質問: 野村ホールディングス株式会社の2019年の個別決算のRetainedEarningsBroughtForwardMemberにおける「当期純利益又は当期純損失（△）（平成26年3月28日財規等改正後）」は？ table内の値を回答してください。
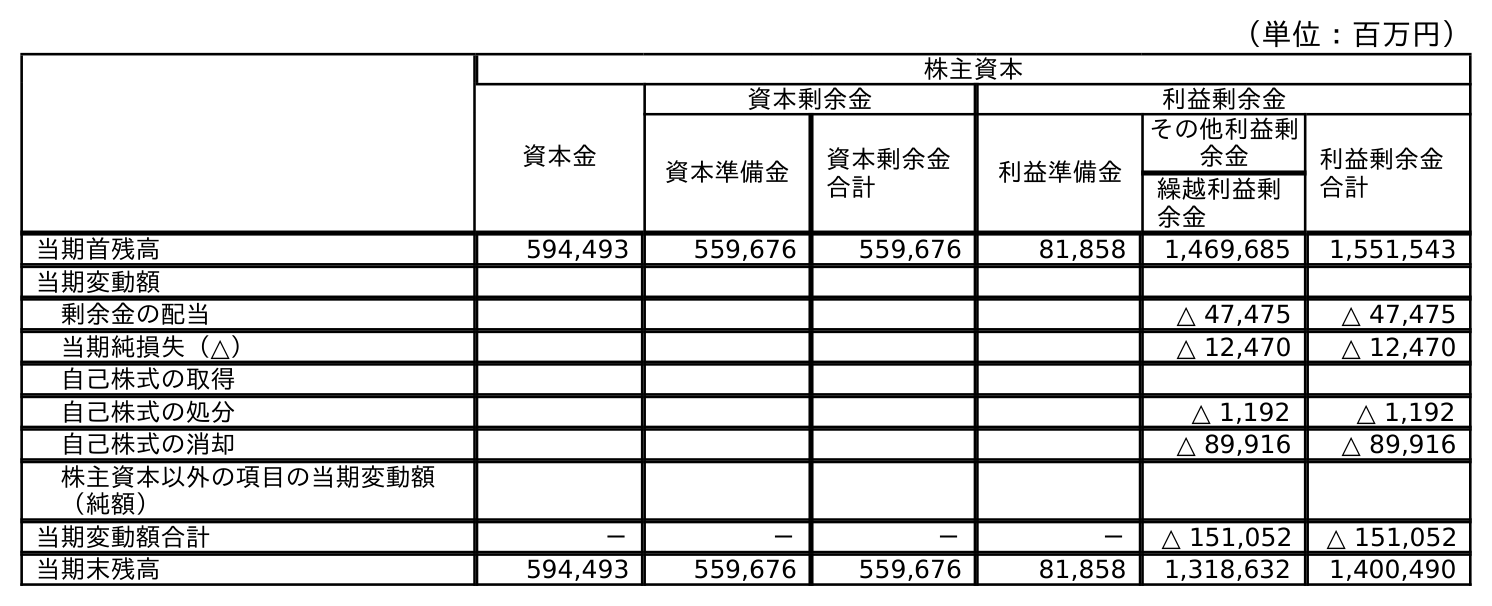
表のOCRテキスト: （単位：百万円） 株主資本 資本金 資本剰余金 利益剰余金 資本準備金 資本剰余金 合計 利益準備金 その他利益剰 余金 利益剰余金 合計 繰越利益剰 余金 当期首残高 594,493 559,676 559,676 81,858 1,469,685 1,551,543 当期変動額 剰余金の配当 △ 47,475 △ 47,475 当期純損失（△） △ 12,470 △ 12,470 自己株式の取得 自己株式の処分 △ 1,192 △ 1,192 自己株式の消却 △ 89,916 △ 89,916 株主資本以外の項目の当期変動額 （純額） 当期変動額合計 － － － － △ 151,052 △ 151,052 当期末残高 594,493 559,676 559,676 81,858 1,318,632 1,400,490
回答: △12,470